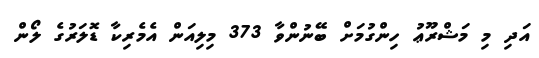
އަދި މި މަޝްރޫޢު ހިންގުމަށް ބޭނުންވާ 373 މިލިއަން އެމެރިކާ ޑޮލަރުގެ ލޯން